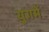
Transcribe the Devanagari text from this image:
युगमें